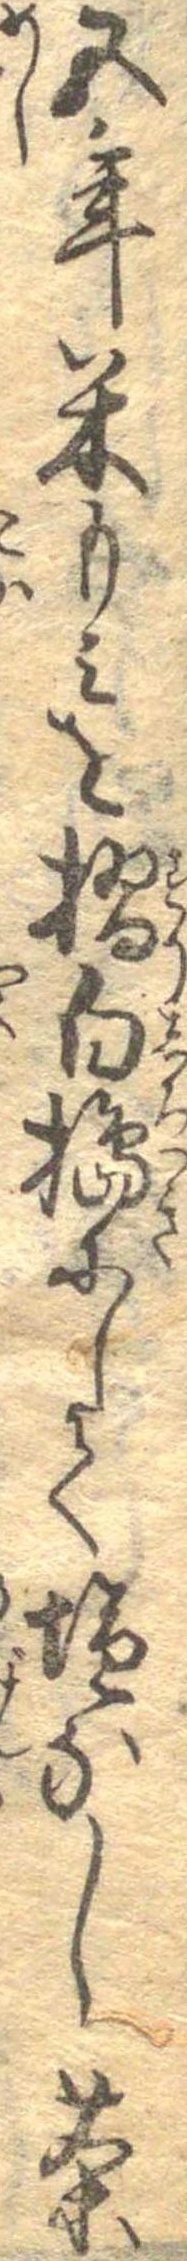
五年米もみを摺白搗にして塩なし茶